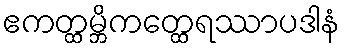
ဧကတ္ထမ္ဘိကတ္ထေရဿာပဒါနံ